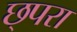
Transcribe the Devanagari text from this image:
छ्परा